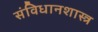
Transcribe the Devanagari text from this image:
संविधानशास्त्र